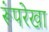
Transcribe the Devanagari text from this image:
रूंपरेखा